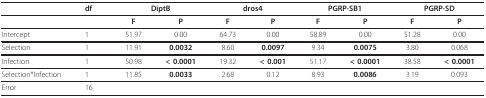
<table><thead><tr><td></td><td><b>df</b></td><td colspan="2"><b>DiptB</b></td><td colspan="2"><b>dros4</b></td><td colspan="2"><b>PGRP-SB1</b></td><td colspan="2"><b>PGRP-SD</b></td></tr></thead><tbody><tr><td></td><td></td><td><b>F</b></td><td><b>P</b></td><td><b>F</b></td><td><b>P</b></td><td><b>F</b></td><td><b>P</b></td><td><b>F</b></td><td><b>P</b></td></tr><tr><td>Intercept</td><td>1</td><td>51.97</td><td>0.00</td><td>64.73</td><td>0.00</td><td>58.89</td><td>0.00</td><td>51.28</td><td>0.00</td></tr><tr><td>Selection</td><td>1</td><td>11.91</td><td><b>0.0032</b></td><td>8.60</td><td><b>0.0097</b></td><td>9.34</td><td><b>0.0075</b></td><td>3.80</td><td>0.068</td></tr><tr><td>Infection</td><td>1</td><td>50.98</td><td><b>&lt; 0.0001</b></td><td>19.32</td><td><b>&lt; 0.001</b></td><td>51.17</td><td><b>&lt; 0.0001</b></td><td>38.58</td><td><b>&lt; 0.0001</b></td></tr><tr><td>Selection*Infection</td><td>1</td><td>11.85</td><td><b>0.0033</b></td><td>2.68</td><td>0.12</td><td>8.93</td><td><b>0.0086</b></td><td>3.19</td><td>0.093</td></tr><tr><td>Error</td><td>16</td><td></td><td></td><td></td><td></td><td></td><td></td><td></td><td></td></tr></tbody></table>